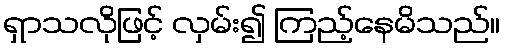
ရှာသလိုဖြင့် လှမ်း၍ ကြည့်နေမိသည်။